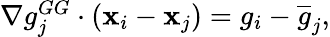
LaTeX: \begin{array}{r}{\nabla g_{j}^{GG}\cdot({\mathbf x}_{i}-{\mathbf x}_{j})={g}_{i}-\overline{{g}}_{j},}\end{array}